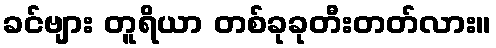
ခင်ဗျား တူရိယာ တစ်ခုခုတီးတတ်လား။